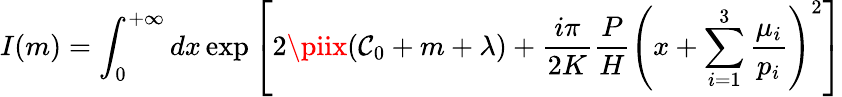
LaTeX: I(m)=\int_{0}^{+\infty}dx\exp\left[2\piix(\mathcal{C}_{0}+m+\lambda)+\frac{{i\pi}}{{2K}}\frac{{P}}{{H}}\left(x+\sum_{i=1}^{3}\frac{{\mu_{i}}}{{p_{i}}}\right)^{2}\right]